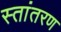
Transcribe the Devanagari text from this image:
स्तांतरण